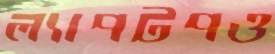
ল্যাপটপও